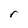
Character: r